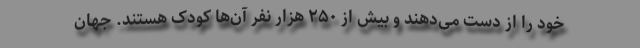
خود را از دست می‌دهند و بیش از ۲۵۰ هزار نفر آن‌ها کودک هستند. جهان